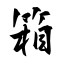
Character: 箱